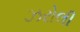
ઝરોલી